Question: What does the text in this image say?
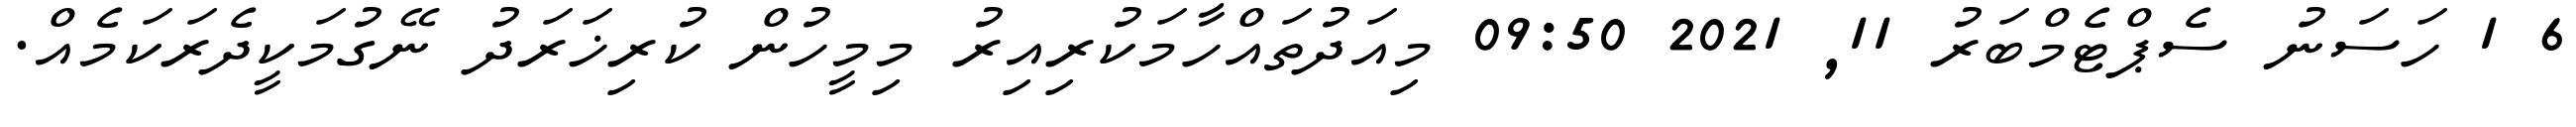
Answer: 6 1 ހަސަނު ސެޕްޓެމްބަރު 11, 2021 09:50 މިއަދުތައްހާމަކުރިއިރު މިމީހުން ކުރިޚަރަދު ނޭގުމަކީދެރަކަމެއް.